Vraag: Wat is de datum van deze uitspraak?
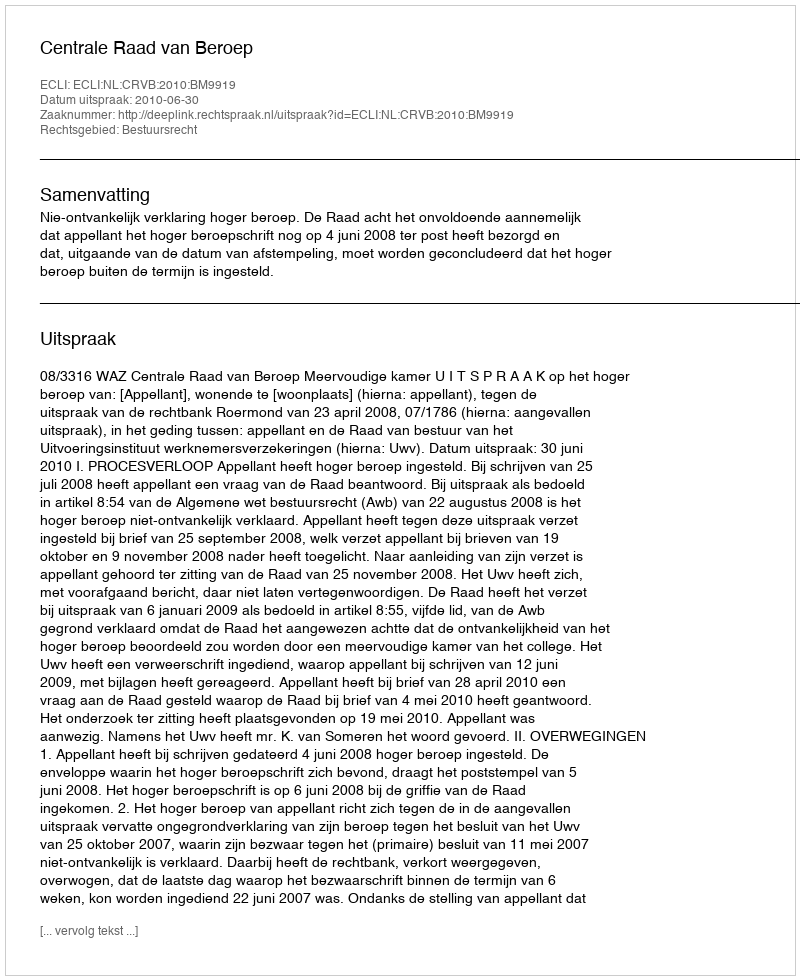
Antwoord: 2010-06-30